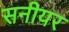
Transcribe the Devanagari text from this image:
सनीयर